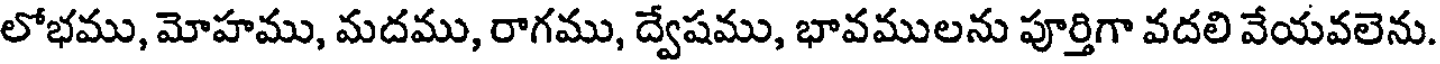
లోభము, మోహము, మదము, రాగము, ద్వేషము, భావములను పూర్తిగా వదలి వేయవలెను.